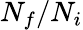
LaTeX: N_{f}/N_{i}